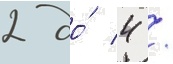
2 до́ 4 /